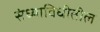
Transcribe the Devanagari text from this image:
संध्याविधीतील